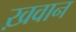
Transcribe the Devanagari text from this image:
ख़वान